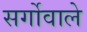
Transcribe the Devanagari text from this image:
सर्गोवाले